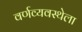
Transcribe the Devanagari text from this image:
वर्णव्यवस्थेला